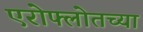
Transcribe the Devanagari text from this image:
एरोफ्लोतच्या